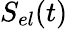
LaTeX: S_{el}(t)